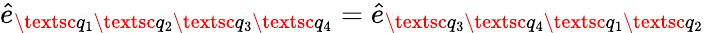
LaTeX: \hat{e}_{\textsc{q}_{1}\textsc{q}_{2}\textsc{q}_{3}\textsc{q}_{4}}=\hat{e}_{\textsc{q}_{3}\textsc{q}_{4}\textsc{q}_{1}\textsc{q}_{2}}